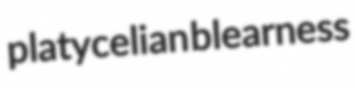
platycelian blearness